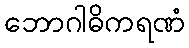
ဘောဂါဓိကရဏံ